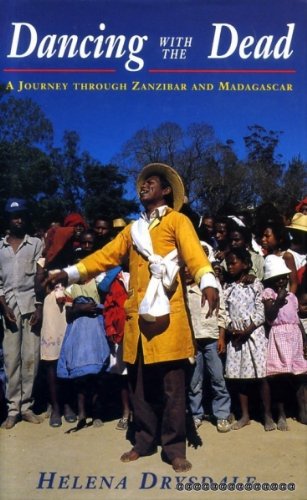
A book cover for Dancing with the Dead: A Journey to Zanzibar and Madagascar; Helena Drysdale; Travel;